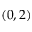
( 0 , 2 )